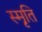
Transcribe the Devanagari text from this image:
स्मृ़ति